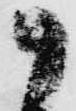
御